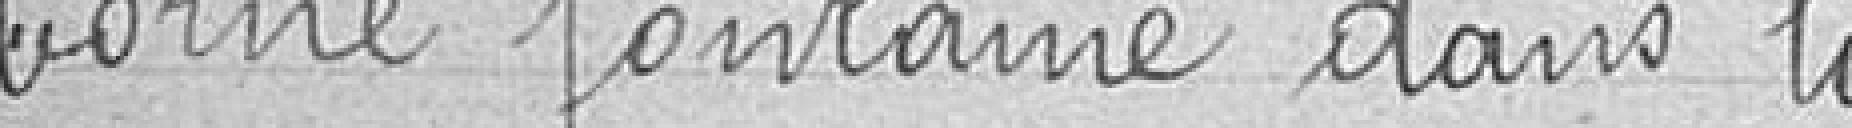
borne fontaine dans la